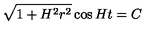
\sqrt { 1 + H ^ { 2 } r ^ { 2 } } \cos H t = C